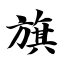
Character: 旗